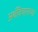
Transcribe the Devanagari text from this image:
अर्थविचाराच्या